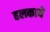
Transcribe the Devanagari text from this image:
हलकाये